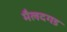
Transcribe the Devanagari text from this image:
मैलदगड